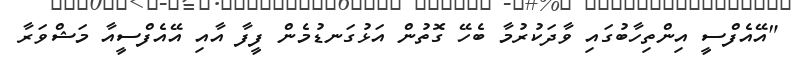
"އޭއެފްސީ އިންތިހާބުގައި ވާދަކުރުމާ ބެހޭ ގޮތުން އަޅުގަނޑުމެން ފީފާ އާއި އޭއެފްސީއާ މަޝްވަރާ